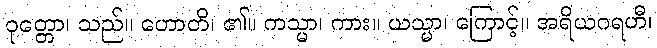
ဝုတ္တော၊ သည်။ ဟောတိ၊ ၏။ ကသ္မာ၊ ကား။ ယသ္မာ၊ ကြောင့်။ အရိယဂရဟီ၊